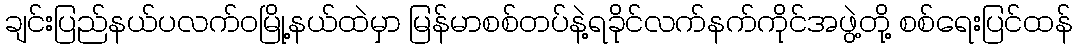
ချင်းပြည်နယ်ပလက်ဝမြို့နယ်ထဲမှာ မြန်မာစစ်တပ်နဲ့ရခိုင်လက်နက်ကိုင်အဖွဲ့တို့ စစ်ရေးပြင်ထန်